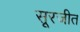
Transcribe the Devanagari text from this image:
सूरजीत